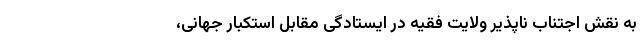
به نقش اجتناب ناپذیر ولایت فقیه در ایستادگی مقابل استکبار جهانی،